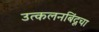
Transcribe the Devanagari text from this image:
उत्कलनबिंदूचा